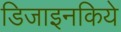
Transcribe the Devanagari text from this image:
डिजाइनकिये